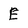
Character: E